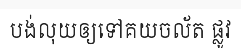
បង់លុយឲ្យទៅគយចល័ត ផ្លូវ